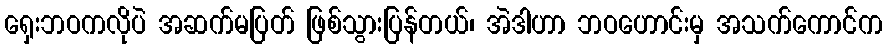
ရှေးဘဝကလိုပဲ အဆက်မပြတ် ဖြစ်သွားပြန်တယ်၊ အဲဒါဟာ ဘဝဟောင်းမှ အသက်ကောင်က